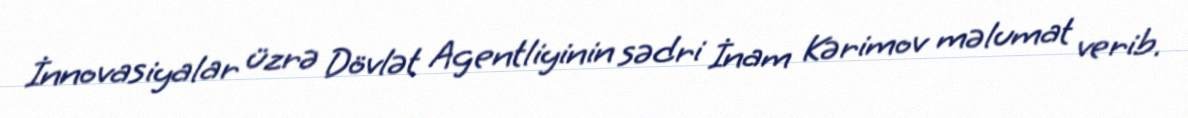
İnnovasiyalar üzrə Dövlət Agentliyinin sədri İnam Kərimov məlumat verib.